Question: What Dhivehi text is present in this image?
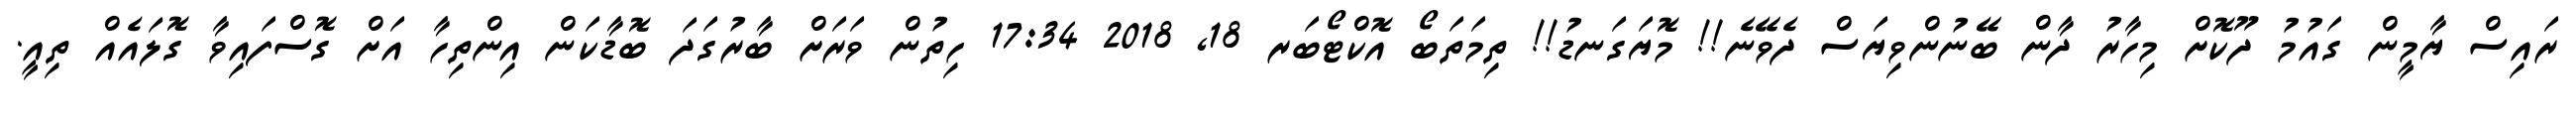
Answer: ރައިސް ޔާމީން ގައުމު ދޫކޮށް މިހާރު ދާން ބޭނުންވިޔަސް ދެވޭނެ!! މޮޔަގަނޑު!! ތިމަތަބޯ އޮކްޓޯބަރ 18, 2018 17:34 ހިތުން ވަރަށް ބާރުގަދަ ބޮޑާކަން އިންތިހާ އަށް ގޮސްފައިވާ ގޮލައެއް ތިއީ.